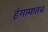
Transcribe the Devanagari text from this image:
हंगामातच